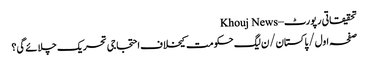
تحقیقاتی رپورٹ – Khouj News
صفحہ اول/پاکستان/ن لیگ حکومت کیخلاف احتجاجی تحریک چلائے گی؟